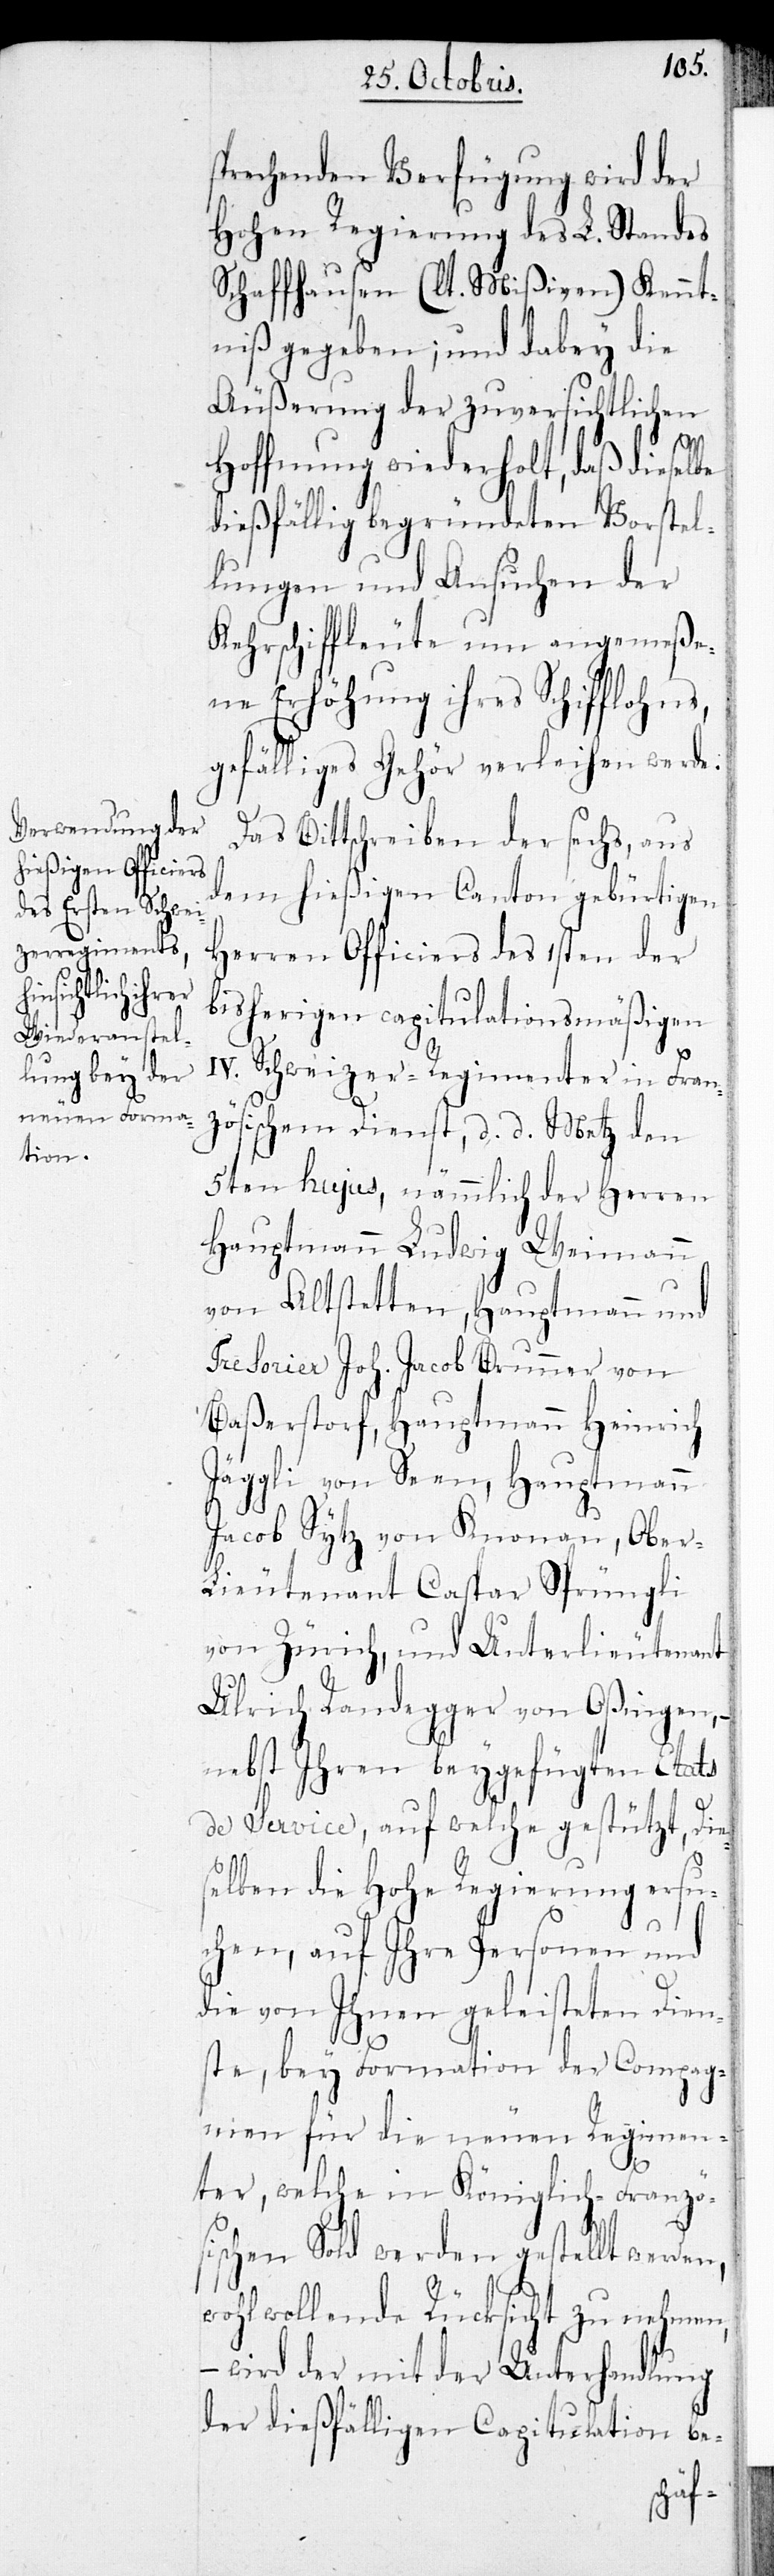
sprechenden Verfügung wird der
Hohen Regierung des L. Standes
Schaffhausen (lt. Mißiven) Kennt¬
niß gegeben; und dabey die
Äußerung der zuversichtlichen
Hoffnung wiederholt, daß dieselbe
dießfällig begründeten Vorstel¬
lungen und Ansuchen der
Kehrschiffleute um angemeße¬
ne Erhöhung ihres Schifflohns,
gefälliges Gehör verleihen werde.
Das Bittschreiben der sechs, aus
dem hießigen Canton gebürtigen
Herren Officiers des 1sten der
bisherigen capitulationsmäßigen
IV. Schweizer-Regimenter in Fran¬
zösischem Dienst, d. d. Metz den
5ten huius, nämmlich der Herren
Hauptmann Ludwig Weimann
von Altstetten, Hauptmann und
Tresorier Joh. Jacob Brunner von
Baßerstorf, Hauptmann Heinrich
Jäggli von Seen, Hauptmann
Jacob Sytz von Knonau, Ober-L¬
ieutenant Caspar Sprüngli
von Zürich, und Unterlieutenant
Ulrich Randegger von Oßingen, –
nebst Ihren beygefügten Etats
de Service, auf welche gestützt, Die¬
selben die Hohe Regierung ersu¬
chen, auf Ihre Personen und
die von Ihnen geleisteten Dien¬
ste, bey Formation der Compag¬
nien für die neuen Regimen¬
ter, welche in Königlich-Französ¬
ischen Sold werden gestellt werden,
wohlwollende Rücksicht zu nehmen,
– wird der mit der Unterhandlung
der dießfälligen Capitulation be-